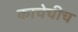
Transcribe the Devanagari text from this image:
काचेचीच